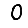
Digit: 0